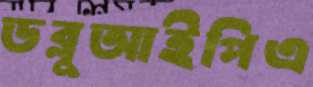
ডব্লুআইপিএ